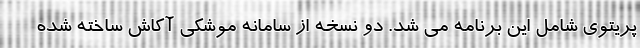
پریتوی شامل این برنامه می شد. دو نسخه از سامانه موشکی آکاش ساخته شده